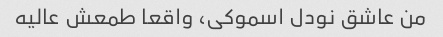
من عاشق نودل اسموکی، واقعا طمعش عالیه